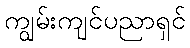
ကျွမ်းကျင်ပညာရှင်